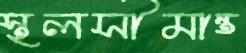
স্থলসীমান্ত